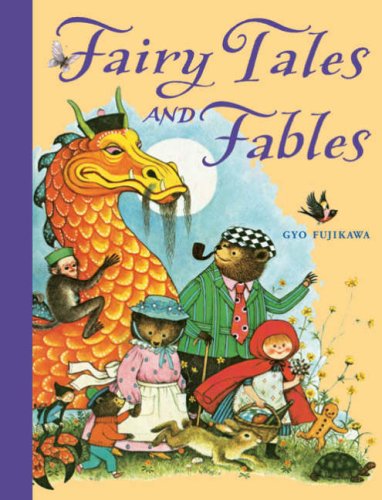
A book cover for Fairy Tales and Fables; Children's Books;